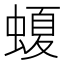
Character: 𧏡